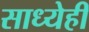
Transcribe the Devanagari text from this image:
साध्येही